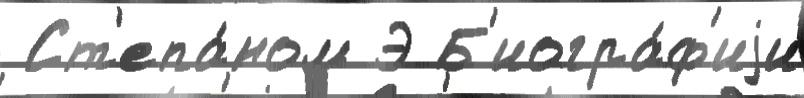
 Ст'епа́ном Э Б'иогра́ф'иjи